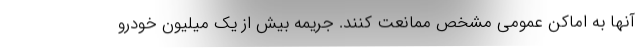
آنها به اماکن عمومی مشخص ممانعت کنند. جریمه بیش از یک میلیون خودرو